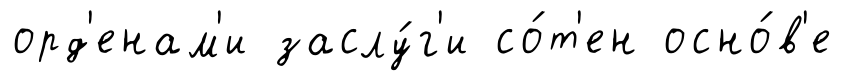
орд'енам'и заслу́г'и со́т'ен осно́в'е